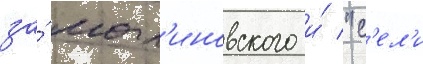
за́ мал'иновского и́ "с'ел'и